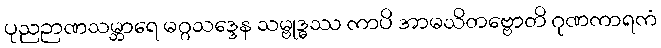
ပုညဉာဏသမ္ဘာရေ မဂ္ဂသဒ္ဒေန သမ္ဗုဒ္ဓဿ ကာပိ အာမသိတဗ္ဗောတိ ဂုဏကာရကံ